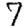
Digit: 7